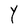
Character: Y